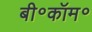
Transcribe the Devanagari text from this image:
बी॰कॉम॰